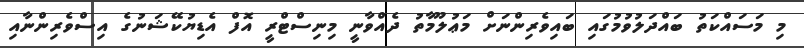
މި މަސައްކަތު ބައްދަލުވުމުގައި ބައިވެރިންނަށް މަޢުލޫމާތު ދެއްވާނީ މިނިސްޓްރީ އޮފް އެޑިޔުކޭޝަނުގެ އިސްވެރިންނާއި